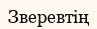
Зверевтің